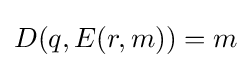
D(q,E(r,m))=m